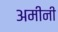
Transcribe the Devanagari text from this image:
अमीनी